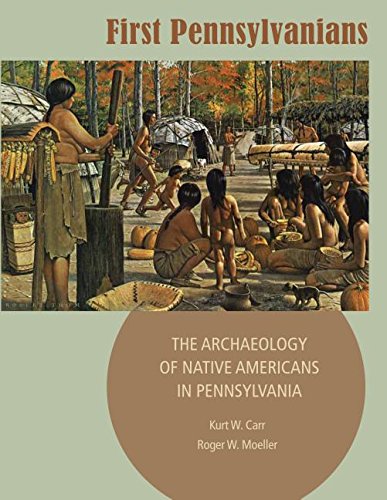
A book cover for First Pennsylvanians: The Archaeology of Native Americans in Pennsylvania; Kurt W. Carr; Science & Math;